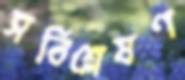
সবিশ্লেষণ